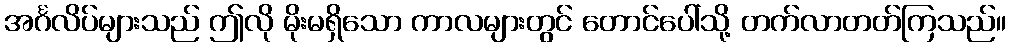
အင်္ဂလိပ်များသည် ဤလို မိုးမရှိသော ကာလများတွင် တောင်ပေါ်သို့ တက်လာတတ်ကြသည်။